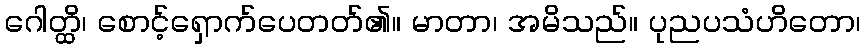
ဂေါတ္ထိ၊ စောင့်ရှောက်ပေတတ်၏။ မာတာ၊ အမိသည်။ ပုညပသံဟိတော၊